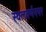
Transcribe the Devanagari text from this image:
स्थलवर्णनपर